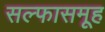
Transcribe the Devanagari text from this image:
सल्फासमूह